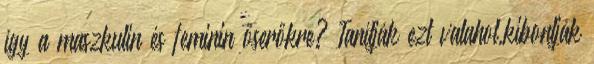
így a maszkulin és feminin őserőkre? Tanítják ezt valahol,kibontják